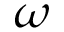
\omega